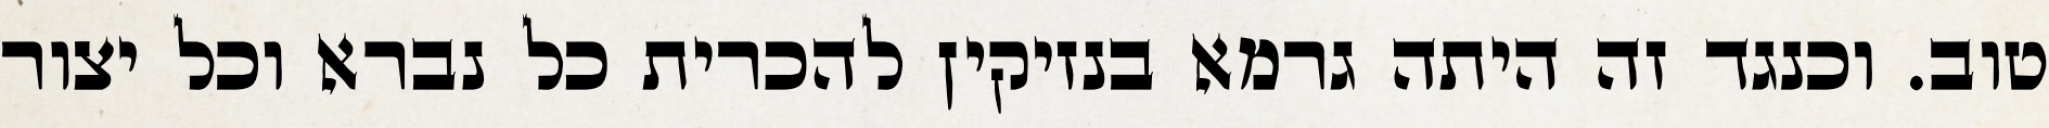
טוב. וכנגד זה היתה גרמא בנזיקין להכרית כל נברא וכל יצור